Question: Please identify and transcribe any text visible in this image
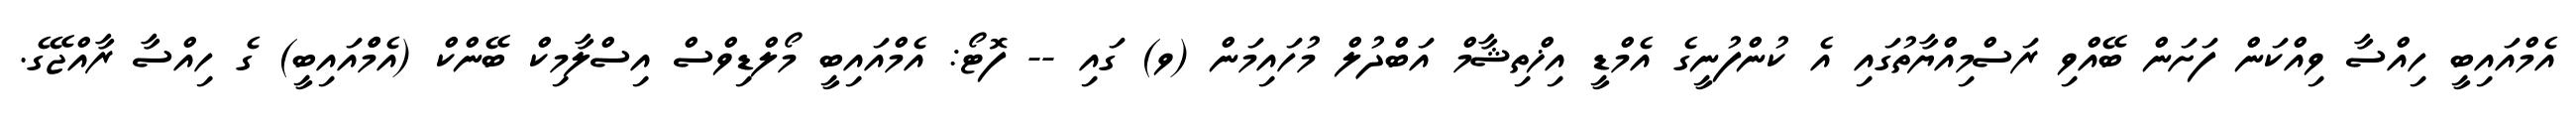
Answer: އެމްއައިބީ ހިއްސާ ވިއްކަން ފަށަން ބޭއްވި ރަސްމިއްޔާތުގައި އެ ކުންފުނީގެ އެމްޑީ އިޚްތިޝާމް އަބްދުލް މުހައިމަން (ވ) ގައި -- ފޮޓޯ: އެމްއައިބީ މޯލްޑިވްސް އިސްލާމިކް ބޭންކް (އެމްްއައިބީ) ގެ ހިއްސާ ރާއްޖޭގެ.